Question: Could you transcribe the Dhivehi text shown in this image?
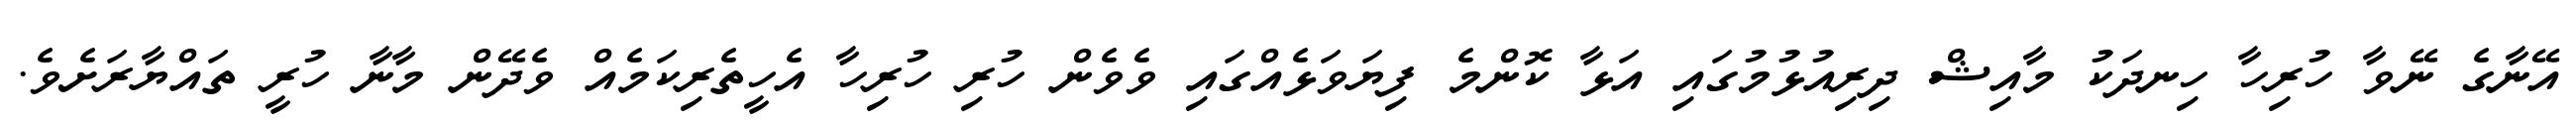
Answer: އޭނާގެ ނޭވާ ހުރިހާ ހިނދަކު މާއިޝް ދިރިއުޅުމުގައި އަޅާ ކޮންމެ ފިޔަވަޅެއްގައި ވެވެން ހުރި ހުރިހާ އެހީތެރިކަމެއް ވެދޭން މާނާ ހުރީ ތައްޔާރަށެވެ.